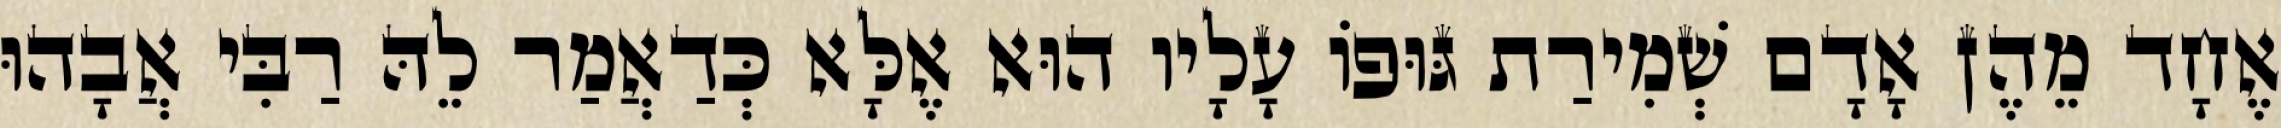
אֶחָד מֵהֶן אָדָם שְׁמִירַת גּוּפוֹ עָלָיו הוּא אֶלָּא כְּדַאֲמַר לֵהּ רַבִּי אֲבָהוּ